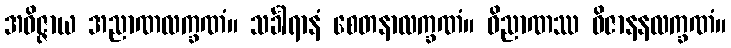
အဝိဇ္ဇာယ အညာဏလက္ခဏံ။ သင်္ခါရာနံ စေတနာလက္ခဏံ။ ဝိညာဏဿ ဝိဇာနနလက္ခဏံ။